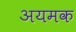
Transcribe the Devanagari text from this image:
अयमक